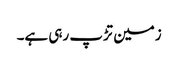
زمین تڑپ رہی ہے۔